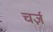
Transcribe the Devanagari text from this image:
चर्ज़